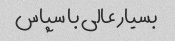
بسیار عالی با سپاس